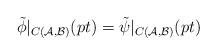
LaTeX: \begin{align*}\tilde{\phi}|_{C(\mathcal{A}, \mathcal{B})} (pt) = \tilde{\psi}|_{C(\mathcal{A}, \mathcal{B})}(pt)\end{align*}